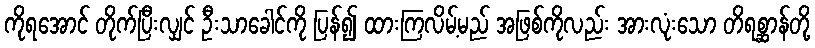
ကိုရအောင် တိုက်ပြီးလျှင် ဦးသာခေါင်ကို ပြန်၍ ထားကြလိမ့်မည် အဖြစ်ကိုလည်း အားလုံးသော တိရစ္ဆာန်တို့